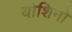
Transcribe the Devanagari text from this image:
योशिनो